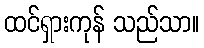
ထင်ရှားကုန် သည်သာ။